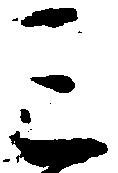
ミ